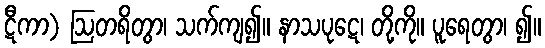
ဋီကာ) ဩတရိတွာ၊ သက်ကျ၍။ နာသပုဋေ၊ တို့ကို။ ပူရေတွာ၊ ၍။